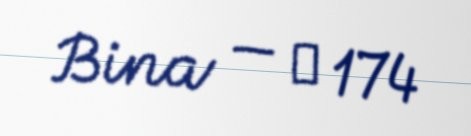
Bina — № 174